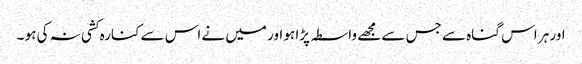
اور ہر اس گناہ سے جس سے مجھے واسطہ پڑا ہو اور میں نے اس سے کنارہ کشی نہ کی ہو ۔